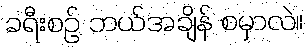
ခရီးစဉ် ဘယ်အချိန် စမှာလဲ။